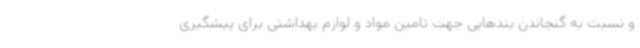
و نسبت به گنجاندن بندهایی جهت تامین مواد و لوازم بهداشتی برای پیشگیری